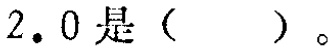
$2.0是(\ \ \ \ \ )。$